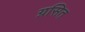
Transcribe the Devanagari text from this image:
ग्रसित